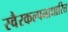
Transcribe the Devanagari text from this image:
स्वैरकल्पनाधारित